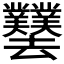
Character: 𫨱